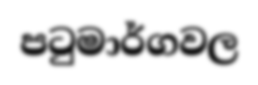
පටුමාර්ගවල